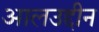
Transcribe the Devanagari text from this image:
आलउद्दीन